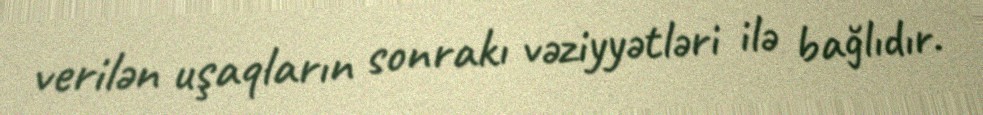
verilən uşaqların sonrakı vəziyyətləri ilə bağlıdır.